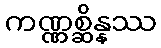
ကဏ္ဏစ္ဆိန္နဿ